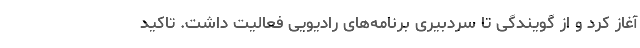
آغاز کرد و از گویندگی تا سردبیری برنامه‌های رادیویی فعالیت داشت. تاکید